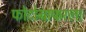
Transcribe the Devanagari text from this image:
फोटोग्राफरला